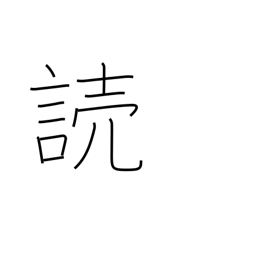
Meaning: read